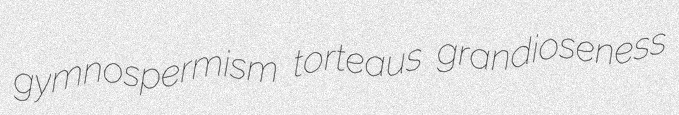
gymnospermism torteaus grandioseness